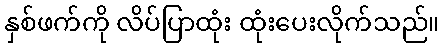
နှစ်ဖက်ကို လိပ်ပြာထုံး ထုံးပေးလိုက်သည်။